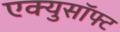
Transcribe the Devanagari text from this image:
एक्युसॉफ्ट